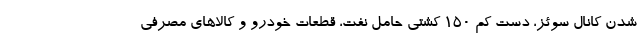
شدن کانال سوئز، دست کم ۱۵۰ کشتی حامل نفت، قطعات خودرو و کالاهای مصرفی